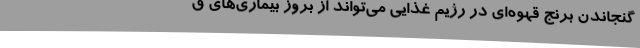
گنجاندن برنج قهوه‌ای در رژیم غذایی می‌تواند از بروز بیماری‌‌های ق